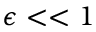
\epsilon < < 1